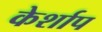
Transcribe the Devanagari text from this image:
केर्शाप